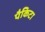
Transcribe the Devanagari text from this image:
पैकिटा